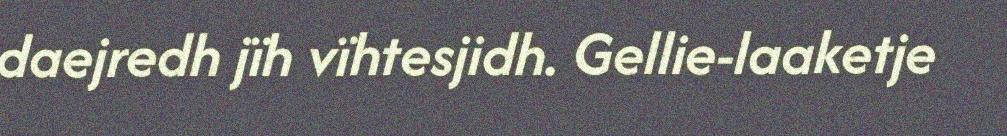
daejredh jïh vïhtesjidh. Gellie-laaketje